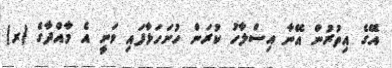
އޭގެ އިތުރުން އޭނާ އިސްލާހު ކުރަން ހުށަހަޅާފައި ވަނީ އެ މާއްދާގެ (ރ)